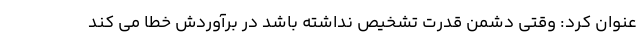
عنوان کرد: وقتی دشمن قدرت تشخیص نداشته باشد در برآوردش خطا می کند